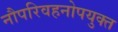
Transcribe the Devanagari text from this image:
नौपरिवहनोपयुक्त